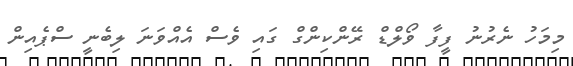
މިމަހު ނެރުނު ފީފާ ވޯލްޑް ރޭންކިންގް ގައި ވެސް އެއްވަނަ ލިބެނީ ސްޕެއިން